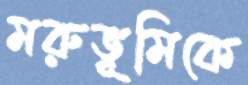
মরুভূমিকে